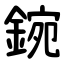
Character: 鋺